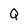
Character: Q